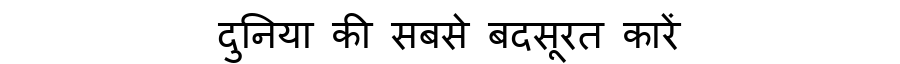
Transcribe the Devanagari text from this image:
दुनिया की सबसे बदसूरत कारें